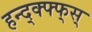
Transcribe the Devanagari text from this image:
हन्द्क्फ्फ्स्